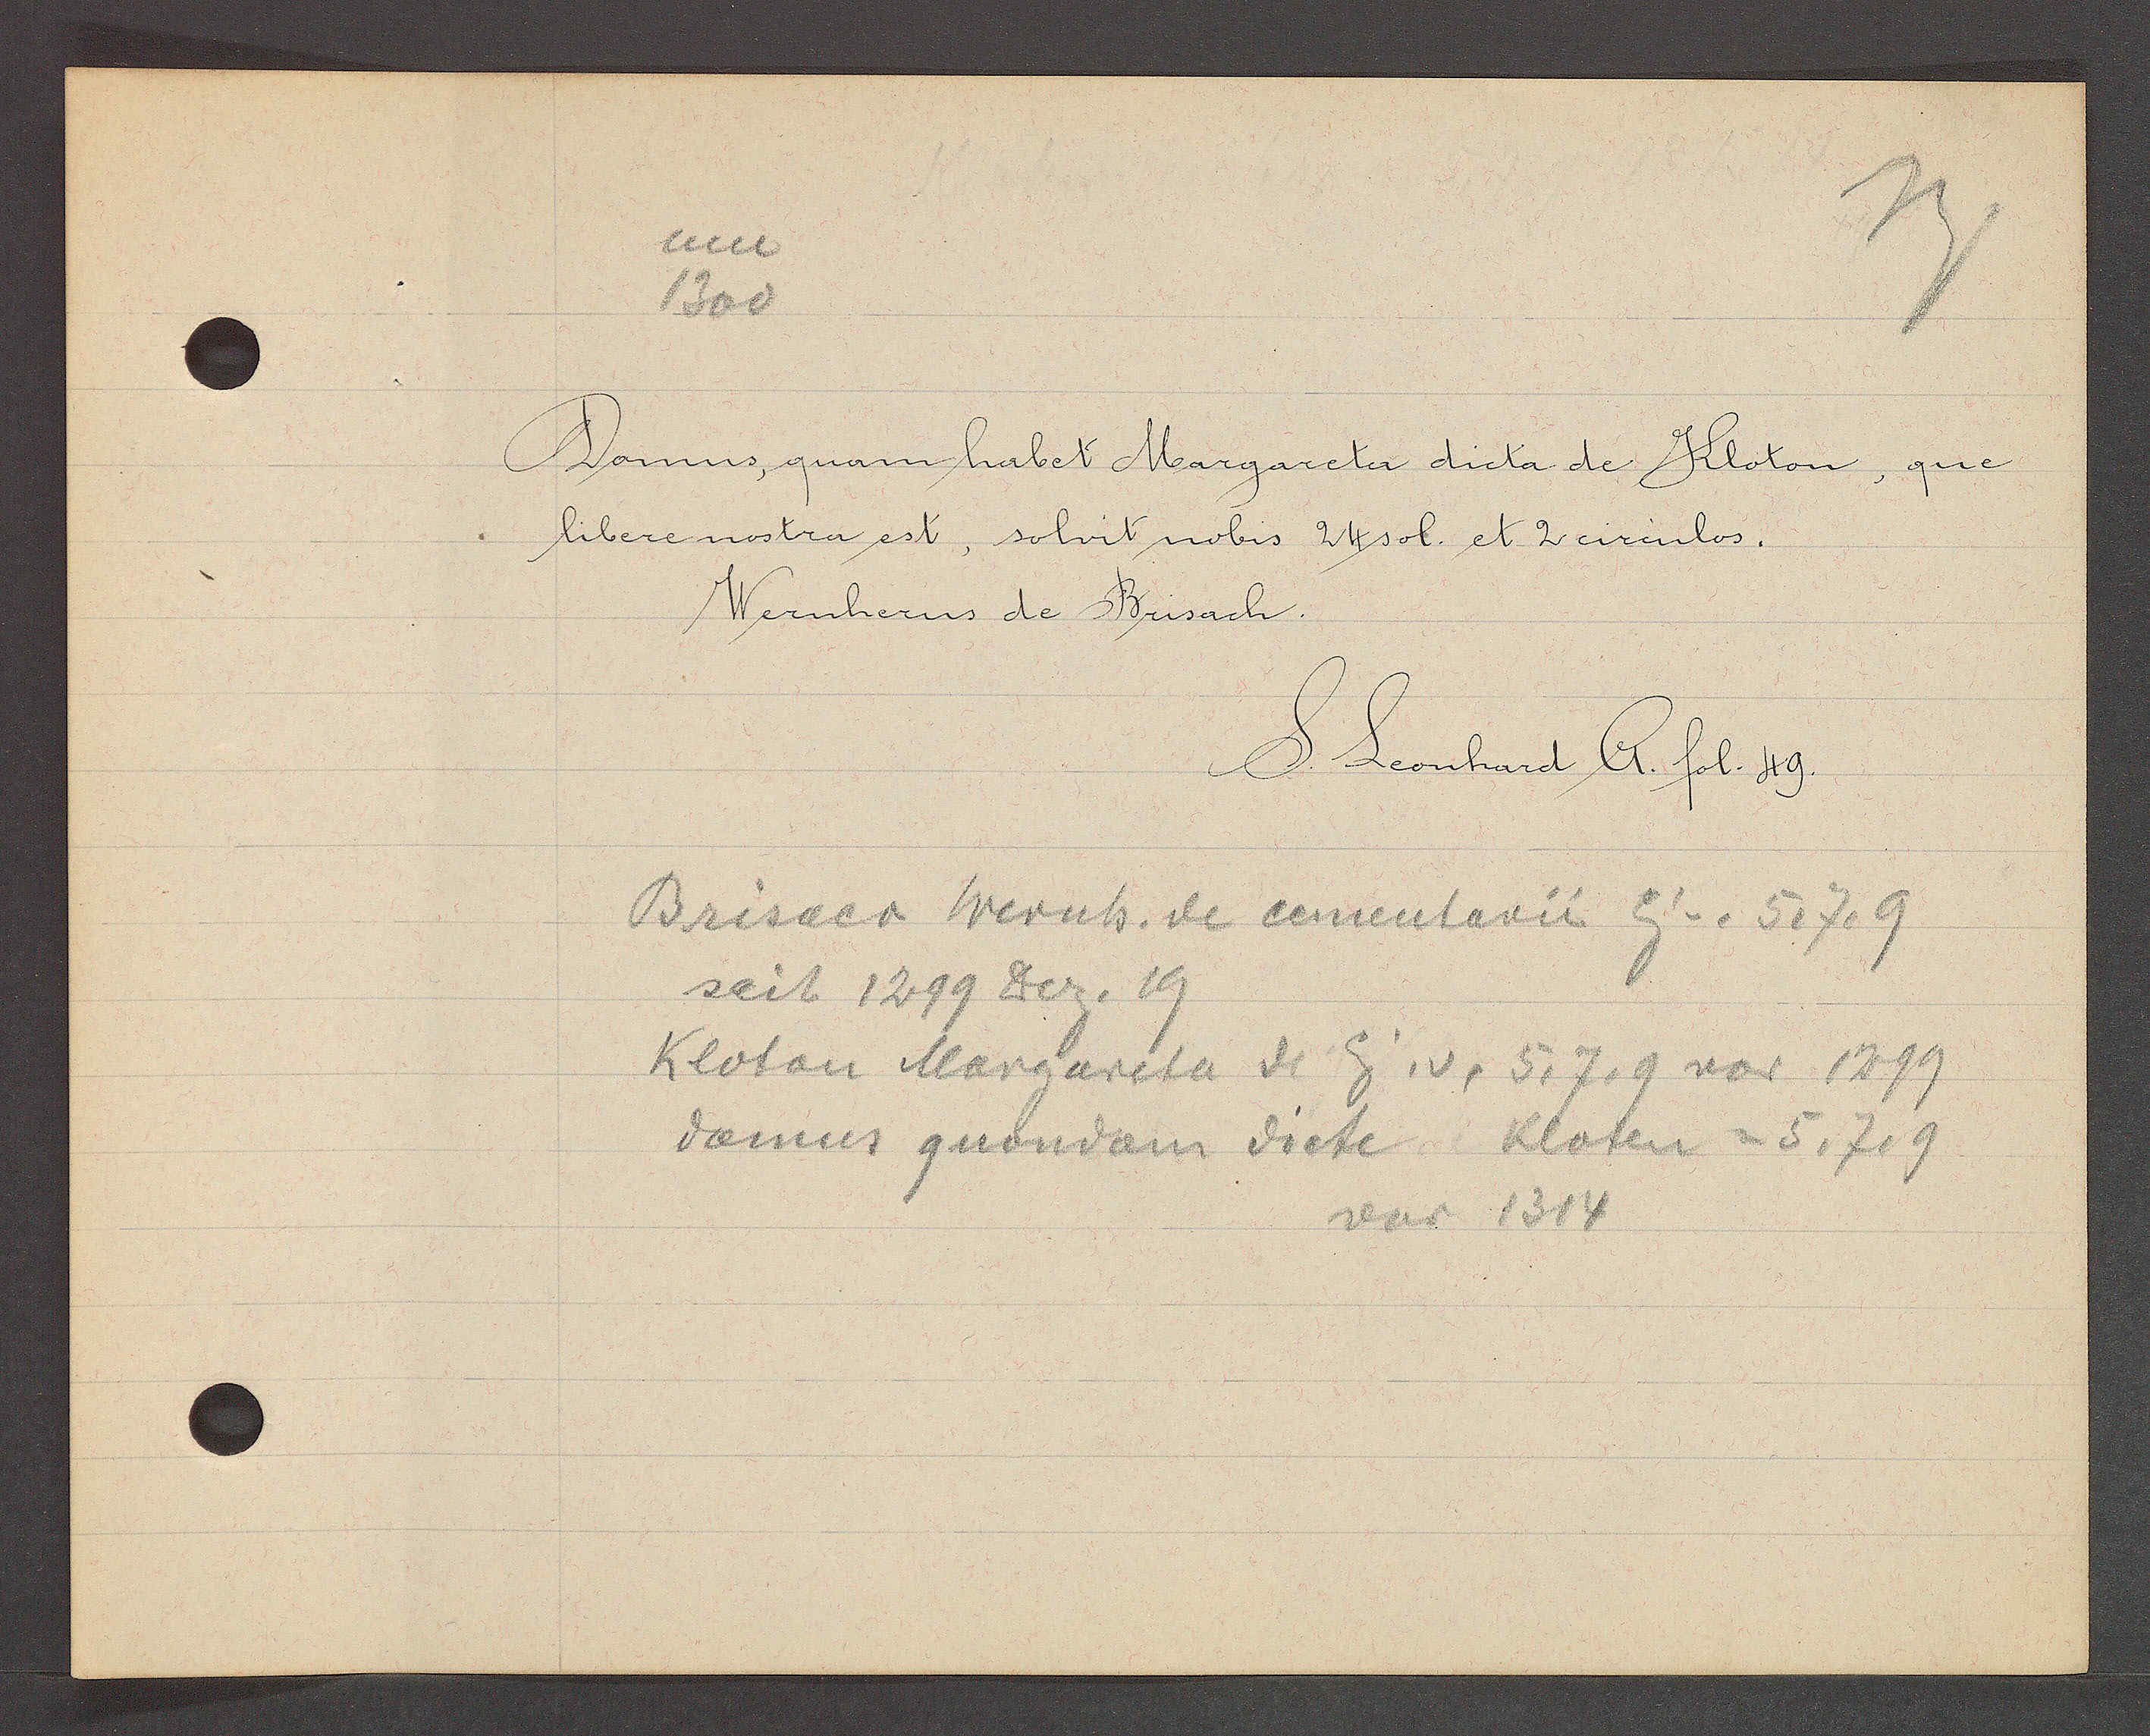
Transcript:
um
1300

Domus, quam habet Margareta dicta de Kloton, que
libere nostra est, solvit nobis 24sol. et 2 circulos.
Wernherus de Brisach.

S. Leonhard A. fol. 49.

Brisaco Wernh. de cementarii Eg v. 5, 7, 9
seit 1299 Dez. 19
Kloton Margareta de Eig. v. 5, 7, 9 vor 1299
domus quondam dicte Kloten = 5, 7, 9
vor 1314